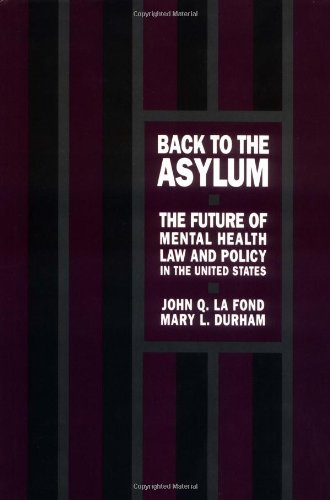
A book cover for Back to the Asylum: The Future of Mental Health Law and Policy in the United States; John Q. LaFond; Law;